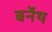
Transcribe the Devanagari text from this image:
बर्नेथ